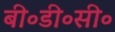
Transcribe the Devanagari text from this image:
बी॰डी॰सी॰